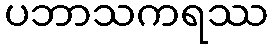
ပဘာသကရဿ